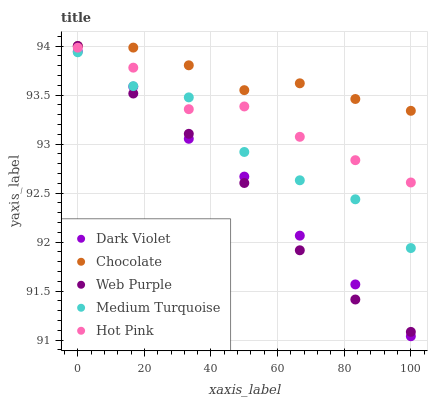
| xaxis_label | Dark Violet | Chocolate | Web Purple | Medium Turquoise | Hot Pink |
 | --- | --- | --- | --- | --- | --- |
 | 0 | 93.9 | 94 | 94 | 93.9 | 94 |
 | 16.7 | 93.6 | 94 | 93.5 | 93.6 | 93.8 |
 | 33.3 | 93.1 | 93.8 | 93.1 | 93.5 | 93.4 |
 | 50 | 92.7 | 93.5 | 92.6 | 92.9 | 93.4 |
 | 66.7 | 92.1 | 93.6 | 91.9 | 92.6 | 93.1 |
 | 83.3 | 91.6 | 93.5 | 91.4 | 92.4 | 92.8 |
 | 100 | 91 | 93.3 | 91.1 | 91.9 | 92.6 |